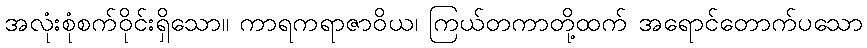
အလုံးစုံစက်ဝိုင်းရှိသော။ ကာရကရာဇာဝိယ၊ ကြယ်တကာတို့ထက် အရောင်တောက်ပသော